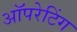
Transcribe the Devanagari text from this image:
अॉपरेटिंग